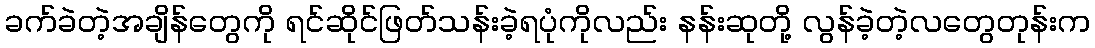
ခက်ခဲတဲ့အချိန်တွေကို ရင်ဆိုင်ဖြတ်သန်းခဲ့ရပုံကိုလည်း နန်းဆုတို့ လွန်ခဲ့တဲ့လတွေတုန်းက